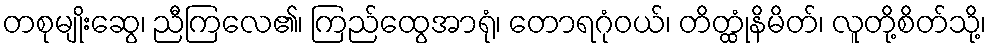
တစုမျိုးဆွေ၊ ညီကြလေ၏၊ ကြည်ထွေအာရုံ၊ တောရဂုံဝယ်၊ တိတ္ထုံနိမိတ်၊ လူတို့စိတ်သို့၊